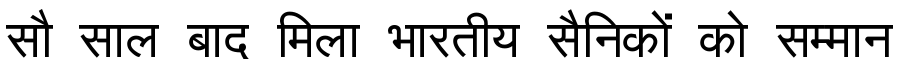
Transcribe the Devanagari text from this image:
सौ साल बाद मिला भारतीय सैनिकों को सम्मान